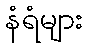
နံရံများ